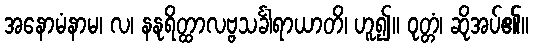
အနောမံနာမ၊ လ၊ နနုရိတ္ထာလဗ္ဗသင်္ခါရာယာတိ၊ ဟူ၍။ ဝုတ္တံ၊ ဆိုအပ်၏။